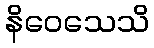
နိဝေသေသိ